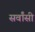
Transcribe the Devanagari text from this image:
सर्वांसी